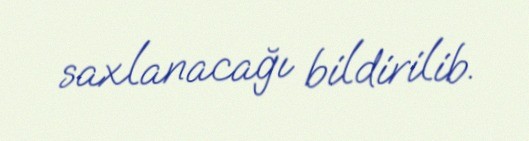
saxlanacağı bildirilib.